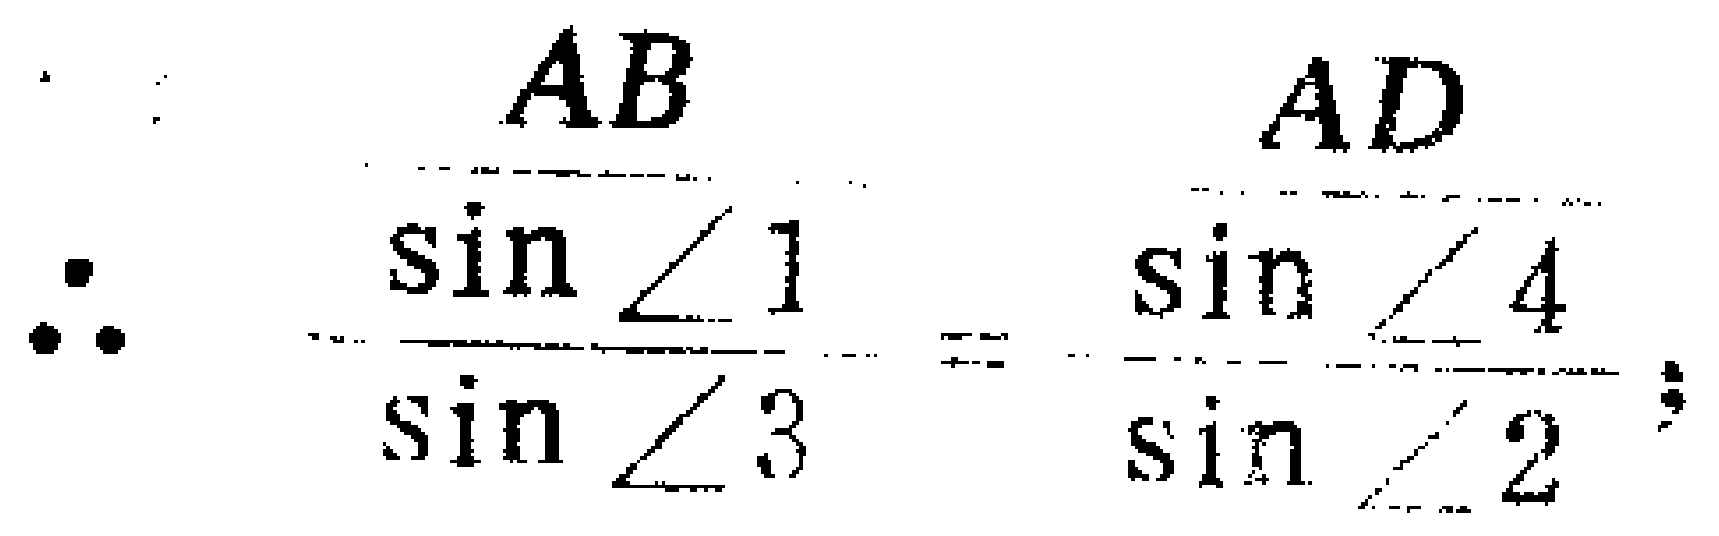
\[\therefore \frac{\frac{AB}{\sin\angle 1}}{\sin\angle 3}=\frac{\frac{AD}{\sin\angle 4}}{\sin\angle 2};\]